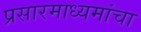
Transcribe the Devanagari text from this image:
प्रसारमाध्यमांचा